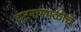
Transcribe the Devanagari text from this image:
घटनास्थळीचे